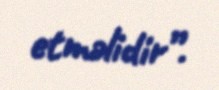
etməlidir”.